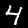
Digit: 4